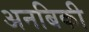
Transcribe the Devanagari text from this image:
अनबिकी